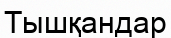
Тышқандар